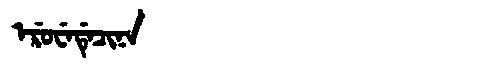
Manchu: ᡝᡵᡠᠸᡝᡩᡝᠴᡳᠨᠠ
Romanization: ERUWEDECINA